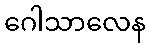
ဂေါသာလေန